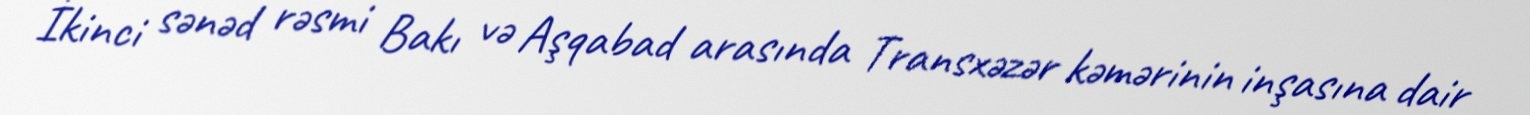
İkinci sənəd rəsmi Bakı və Aşqabad arasında Transxəzər kəmərinin inşasına dair